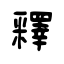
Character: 釋